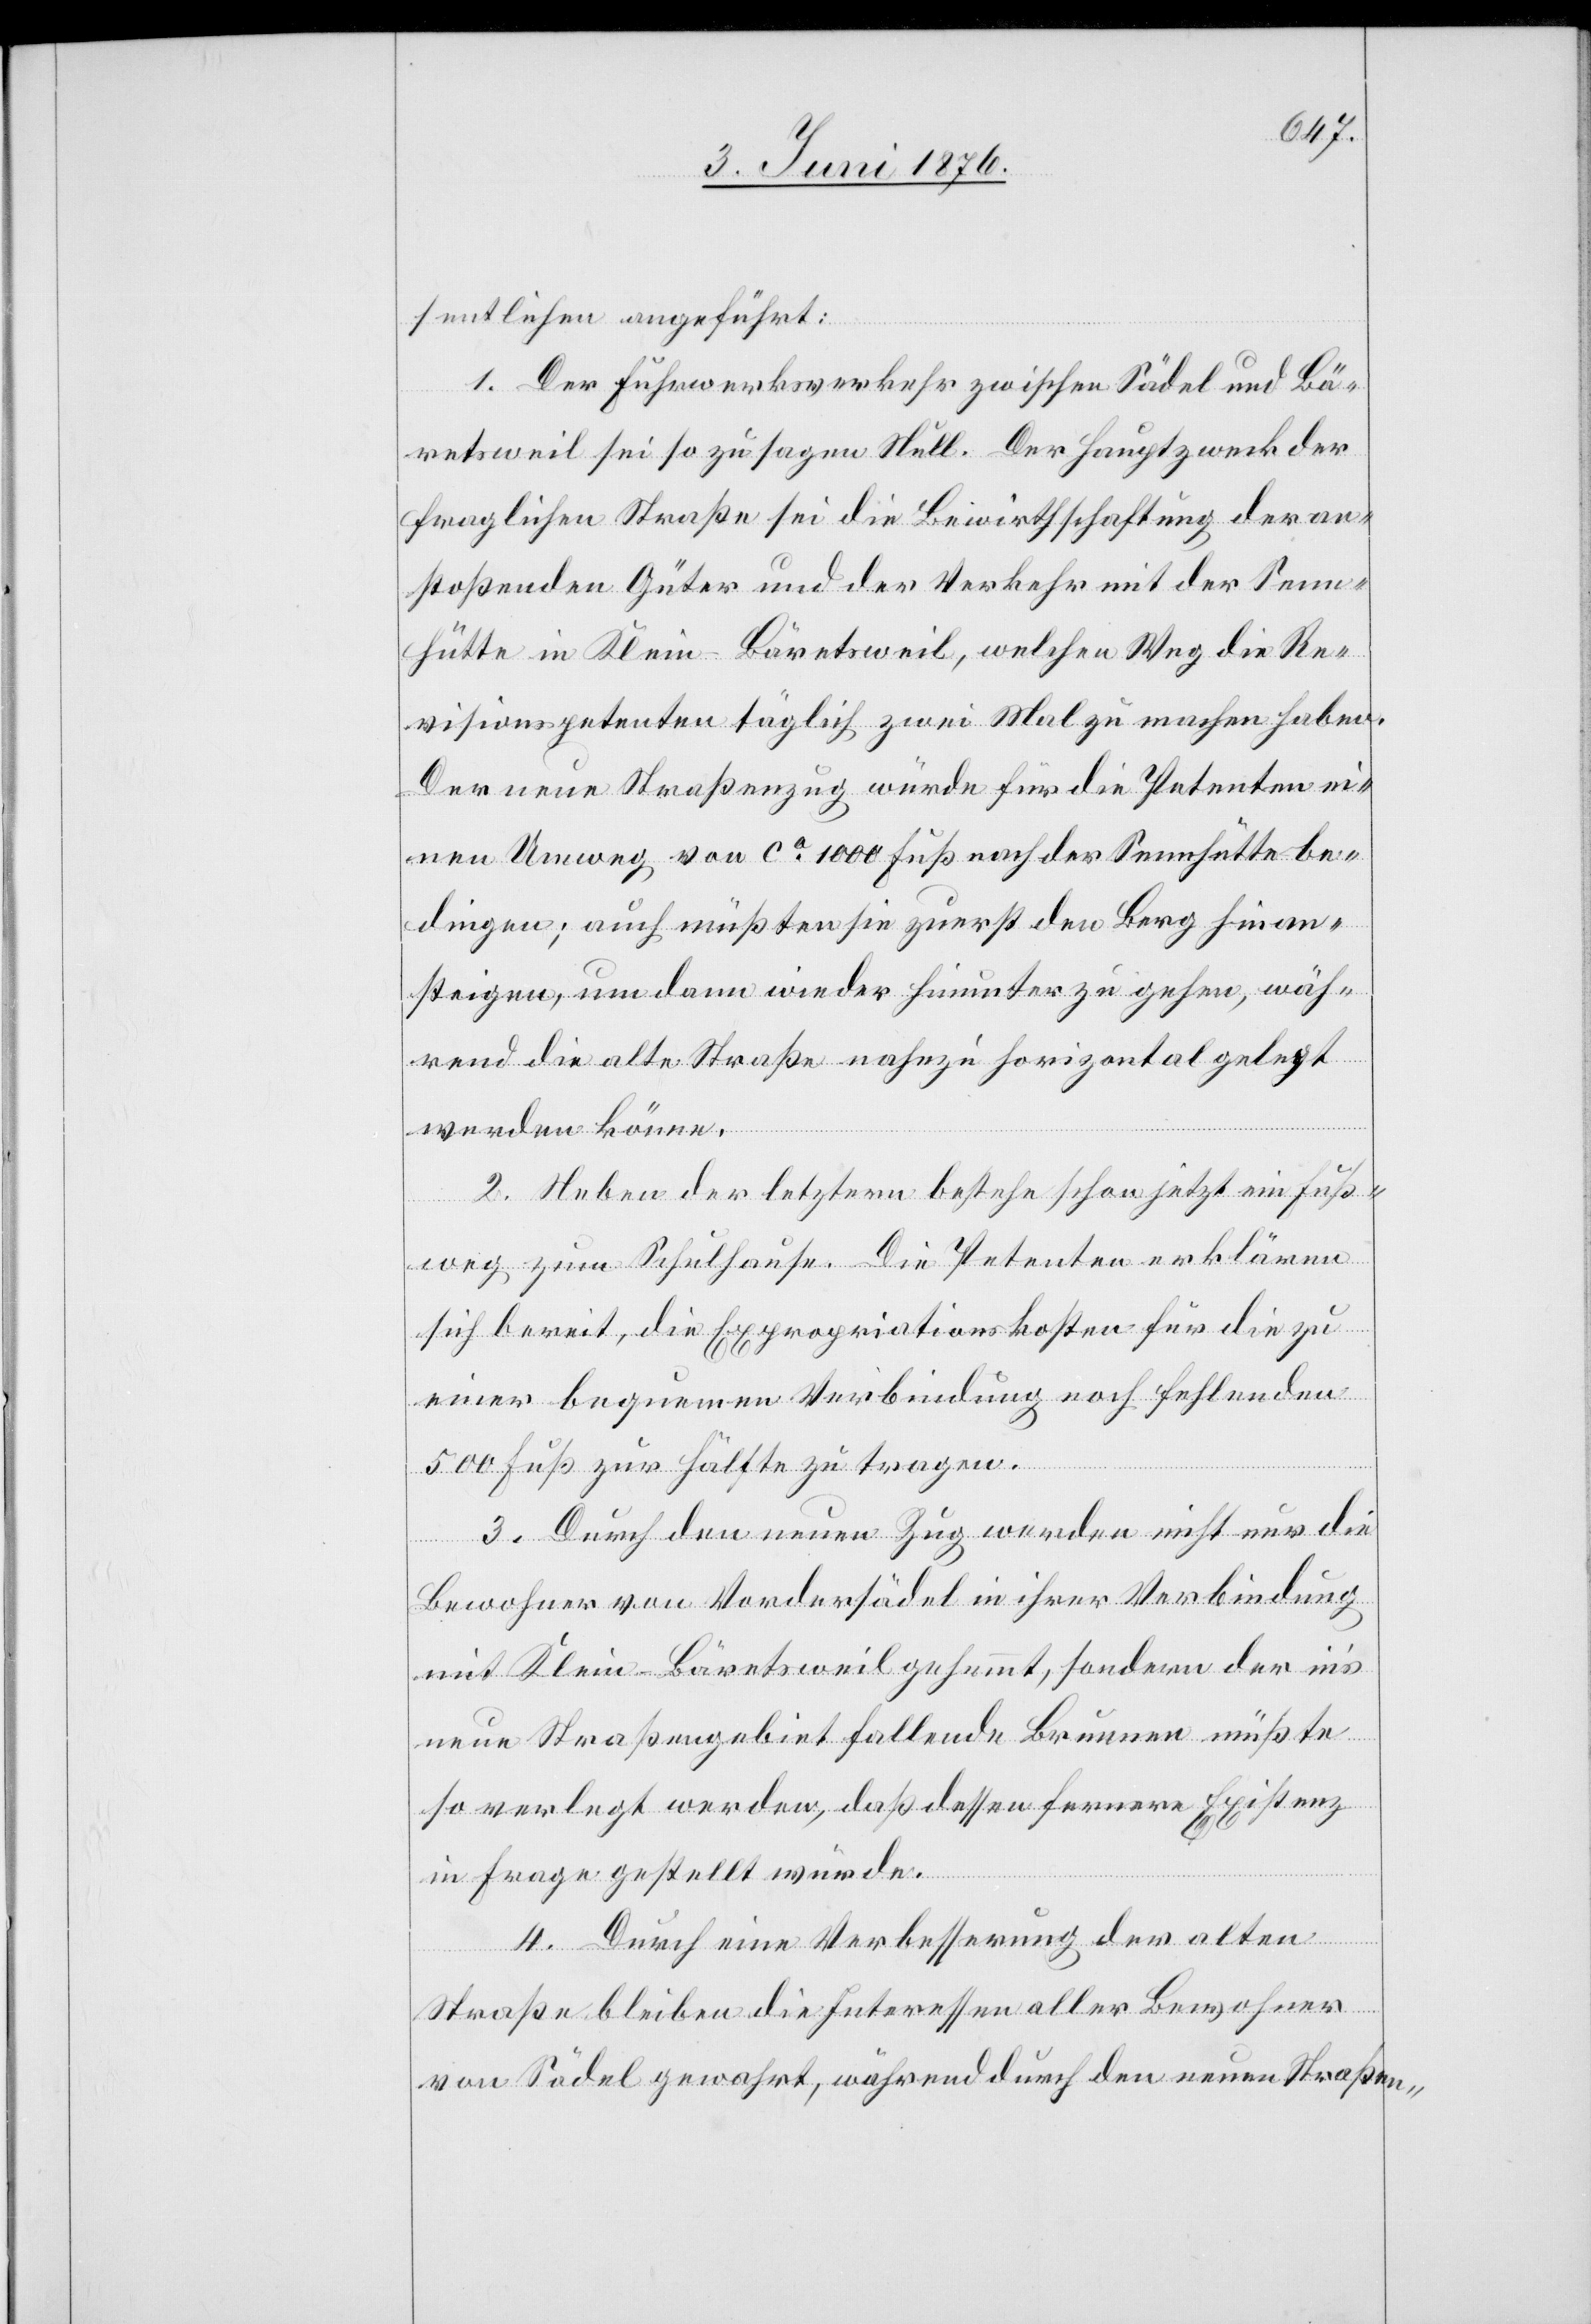
sentlichen angeführt:
1. Der Fuhrwerksverkehr zwischen Sädel und Bä¬
retsweil sei so zu sagen Null. Der Hauptzweck der
fraglichen Straße sei die Bewirtschaftung der an¬
stoßenden Güter und der Verkehr mit der Senn¬
hütte in Klein-Bäretsweil, welchen Weg die Re¬
visionspetenten täglich zwei Mal zu machen haben.
Der neue Straßenzug würde für die Petenten ei¬
nen Umweg von ca 1000 Fuß nach der Sennhütte be¬
dingen; auch müßten sie zuerst den Berg hin an¬
steigen, um dann wieder hinunter zu gehen, wäh¬
rend die alte Straße nahezu horizontal gelegt
werden könne.
2. Neben der letztern bestehe schon jetzt ein Fuß¬
weg zum Schulhause. Die Petenten erklären
sich bereit, die Expropriationskosten für die zu
einer bequemen Verbindung noch fehlenden
500 Fuß zur Hälfte zu tragen.
3. Durch den neuen Zug werden nicht nur die
Bewohner von Vordersädel in ihrer Verbindung
mit Klein-Bäretsweil gehemmt, sondern der ins
neue Straßengebiet fallende Brunnen müßte
so verlegt werden, daß dessen fernere Existenz
in Frage gestellt würde.
4. Durch eine Verbesserung der alten
Straße bleiben die Interessen aller Bewohner
von Sädel gewahrt, während durch den neuen Straßen-